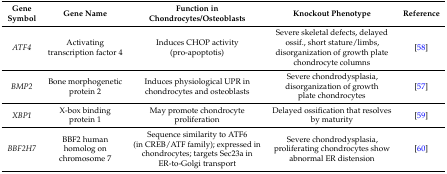
<table><thead><tr><td><b>Gene Symbol</b></td><td><b>Gene Name</b></td><td><b>Function in Chondrocytes/Osteoblasts</b></td><td><b>Knockout Phenotype</b></td><td><b>Reference</b></td></tr></thead><tbody><tr><td><i>ATF4</i></td><td>Activating transcription factor 4</td><td>Induces CHOP activity (pro-apoptotis)</td><td>Severe skeletal defects, delayed ossif., short stature/limbs, disorganization of growth plate chondrocyte columns</td><td>[58]</td></tr><tr><td><i>BMP2</i></td><td>Bone morphogenetic protein 2</td><td>Induces physiological UPR in chondrocytes and osteoblasts</td><td>Severe chondrodysplasia, disorganization of growth plate chondrocytes</td><td>[57]</td></tr><tr><td><i>XBP1</i></td><td>X-box binding protein 1</td><td>May promote chondrocyte proliferation</td><td>Delayed ossification that resolves by maturity</td><td>[59]</td></tr><tr><td><i>BBF2H7</i></td><td>BBF2 human homolog on chromosome 7</td><td>Sequence similarity to ATF6 (in CREB/ATF family); expressed in chondrocytes; targets Sec23a in ER-to-Golgi transport</td><td>Severe chondrodysplasia, proliferating chondrocytes show abnormal ER distension</td><td>[60]</td></tr></tbody></table>